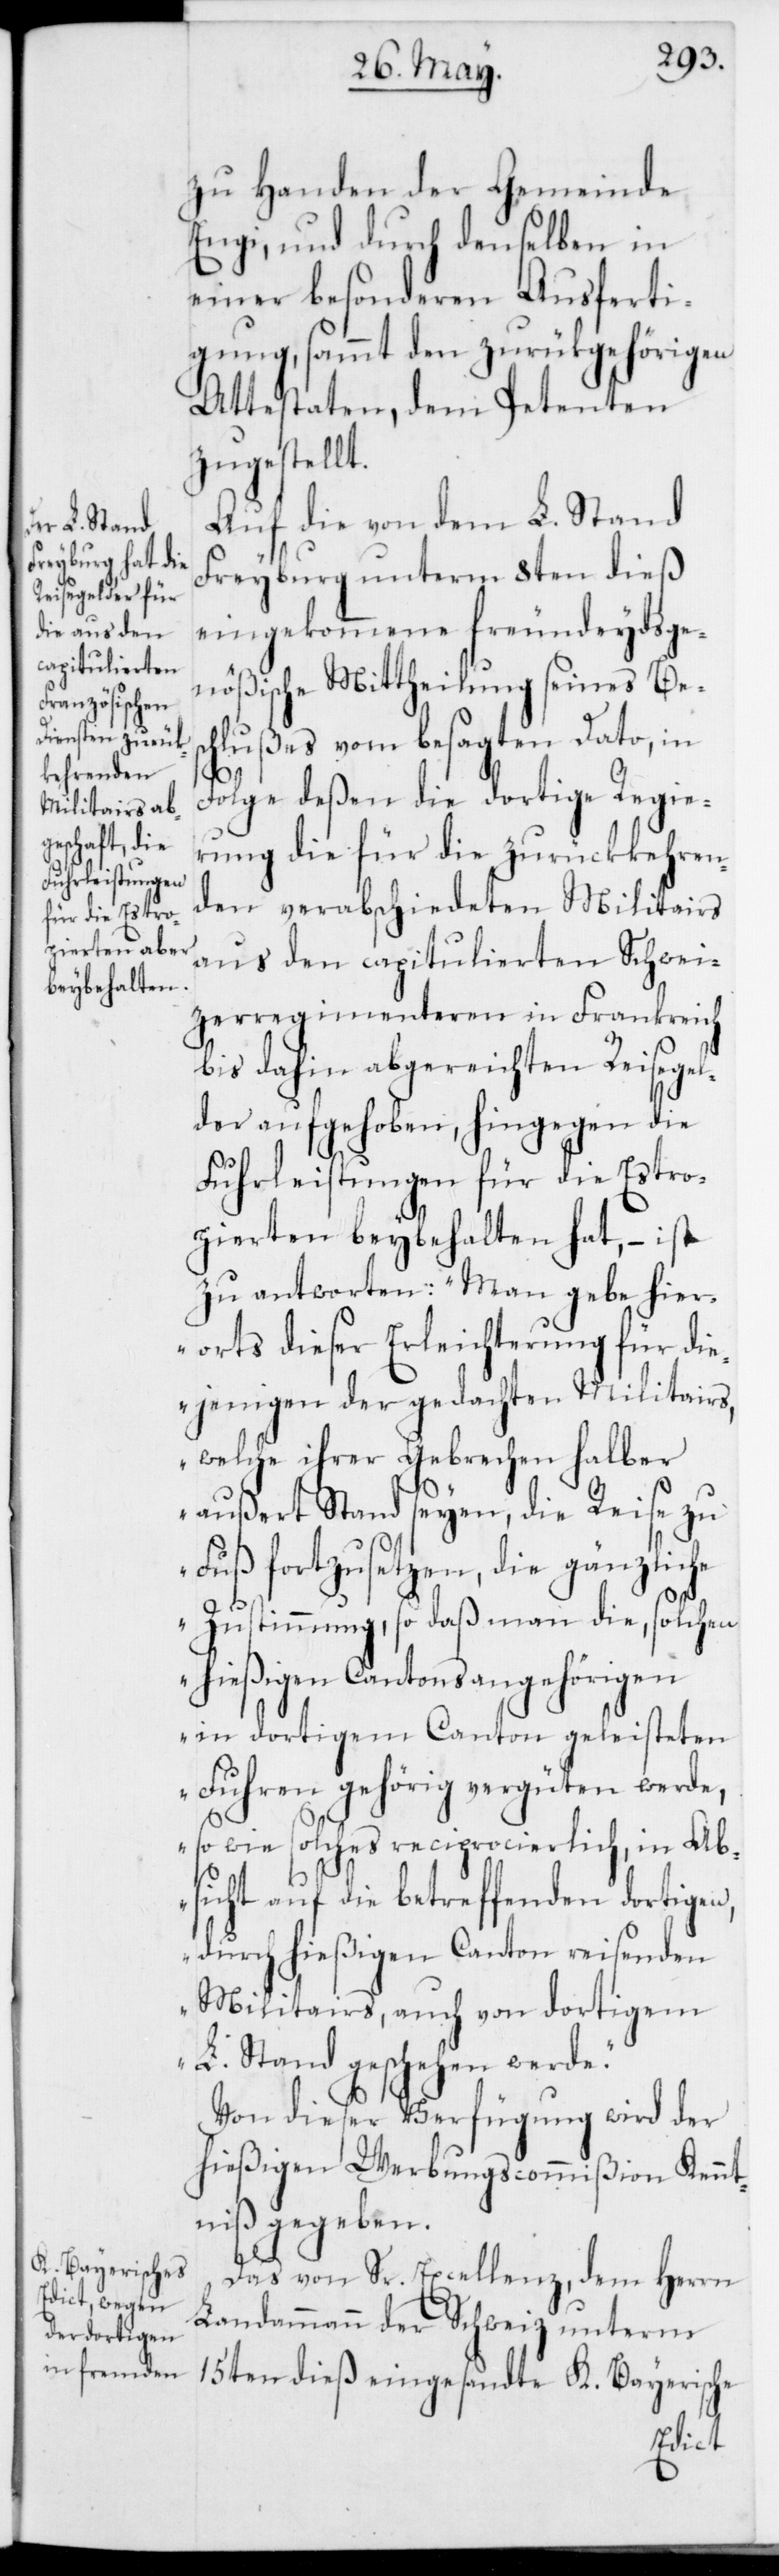
zu Handen der Gemeinde
Engi, und durch denselben in
einer besonderen Ausferti¬
gung, sammt den zurükgehörigen
Attestaten, dem Petenten
zugestellt.
Auf die von dem L. Stand
Freyburg unterm 8ten dieß
eingekommene freundeydsge¬
nößische Mittheilung seines Bes¬
chlußes vom besagten Dato, in
15ten
Folge deßen die dortige Regie¬
rung die für die zurückkehren¬
den verabschiedeten Militairs
aus den capitulierten Schwei¬
zerregimenteren in Frankreich
bis dahin abgereichten Reisegel¬
der aufgehoben, hingegen die
Fuhrleistungen für die Estro¬
pierten beybehalten hat, – ist
zu antworten: „Man gebe hier¬
orts dieser Erleichterung für die¬
jenigen der gedachten Militairs,
welche ihrer Gebrechen halber
außert Stand seyen, die Reise zu
Fuß fortzusetzen, die gänzliche
Zustimmung, so daß man die, solchen
hießigen Cantonsangehörigen
in dortigem Canton geleisteten
Fuhren gehörig vergüten werde,
so wie solches reciprocierlich, in Ab¬
sicht auf die betreffenden dortigen,
durch hießigen Canton reisenden
Militairs, auch von dortigem
L. Stand geschehen werde.“
Von dieser Verfügung wird der
hießigen Werbungscommißion Kennt¬
niß gegeben.
K. Bayerische
Das von Sr. Excellenz, dem Herrn
Landammann der Schweiz unterm